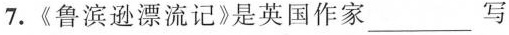
7.《鲁滨逊漂流记》是英国作家___写